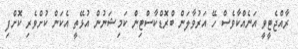
ރާއްޖެޓީވީ އަނެއްކާވެސް ހޭ އަރުވާލަން ބްރޮޑްކާސްޓިން ކަމިޝަނުން އުޅޭތީ އެކަން ކުށްވެރި ކޮށްފި